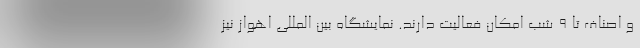
و اصناف تا ۹ شب امکان فعالیت دارند. نمایشگاه بین المللی اهواز نیز